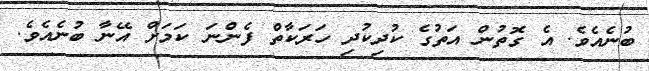
ބުނެއެވެ. އެ ގޮތުން އަތުގެ ކުދިކުދި ހަރަކާތް ފެންނަ ކަމަށް އޭނާ ބުނެއެވެ.